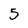
Character: 5